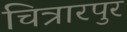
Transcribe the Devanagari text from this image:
चित्रारपुर